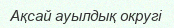
Ақсай ауылдық округі